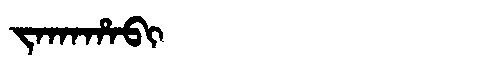
Manchu: ᠵᠠᡴᠠᡥᠠᠪᡳ
Romanization: JAKAHABI